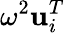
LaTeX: \omega^{2}\mathbf{u}_{i}^{T}